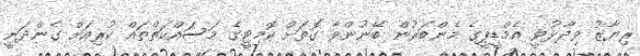
ރިޔާޒު ވިދާޅުވީ އެމްޑީޕީގެ މެންބަރުން ބޭނުންވާ ގޮތަށް ކޮމިޓީގެ މަސައްކަތްތައް ކުރިއަށް ގެންދަނީ